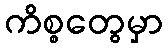
ကိစ္စတွေမှာ